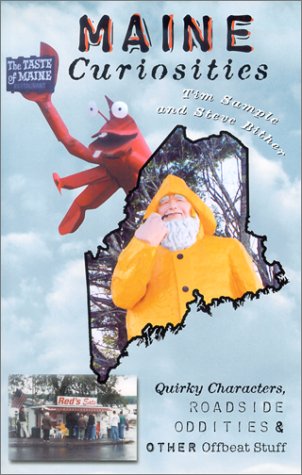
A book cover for Maine Curiosities: Quirky Characters, Roadside Oddities, and Other Offbeat Stuff (Curiosities Series); Tim Sample; Travel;